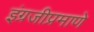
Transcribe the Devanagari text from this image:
इंग्रजीप्रमाणे